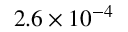
2 . 6 \times 1 0 ^ { - 4 }